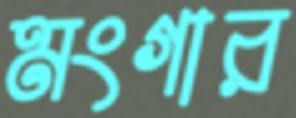
মংগার